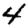
Digit: 4